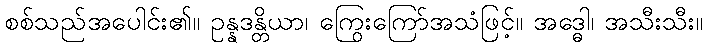
စစ်သည်အပေါင်း၏။ ဥန္နဒန္တိယာ၊ ကြွေးကြော်အသံဖြင့်။ အဒ္ဓေါ၊ အသီးသီး။